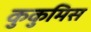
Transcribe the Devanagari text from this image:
कुकुमिस